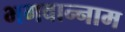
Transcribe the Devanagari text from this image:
भगवान्नाम